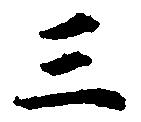
三